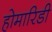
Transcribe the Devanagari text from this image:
होमारिडी